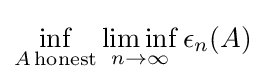
\inf _{A\,{\textrm {honest}}}\liminf _{n\to \infty }\epsilon _{n}(A)